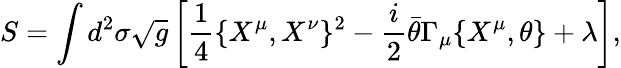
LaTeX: S=\int d^{2}\sigma\sqrt{g}\left[\frac{1}{4}\{ X^{\mu},X^{\nu}\} ^{2}-\frac{i}{2}\bar{\theta}\Gamma_{\mu}\{ X^{\mu},\theta\} +\lambda\right],